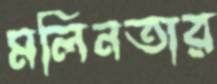
মলিনতার